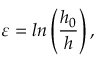
\varepsilon = l n \left( \frac { h _ { 0 } } { h } \right) ,